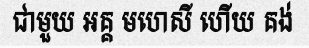
ជាមួយ អគ្គ មហេសី ហើយ គង់